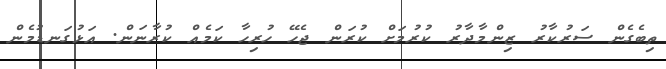
ތިބެގެން ސަރުކާރު ޒިންމާދާރު ކުރުމަށް ކުރަން ޖެހޭ ހުރިހާ ކަމެއް ކުރާނަން. އަޅުގަނޑުމެން